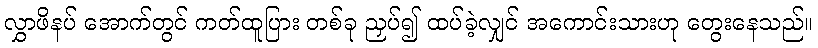
လွှာဖိနပ် အောက်တွင် ကတ်ထူပြား တစ်ခု ညှပ်၍ ထပ်ခဲ့လျှင် အကောင်းသားဟု တွေးနေသည်။